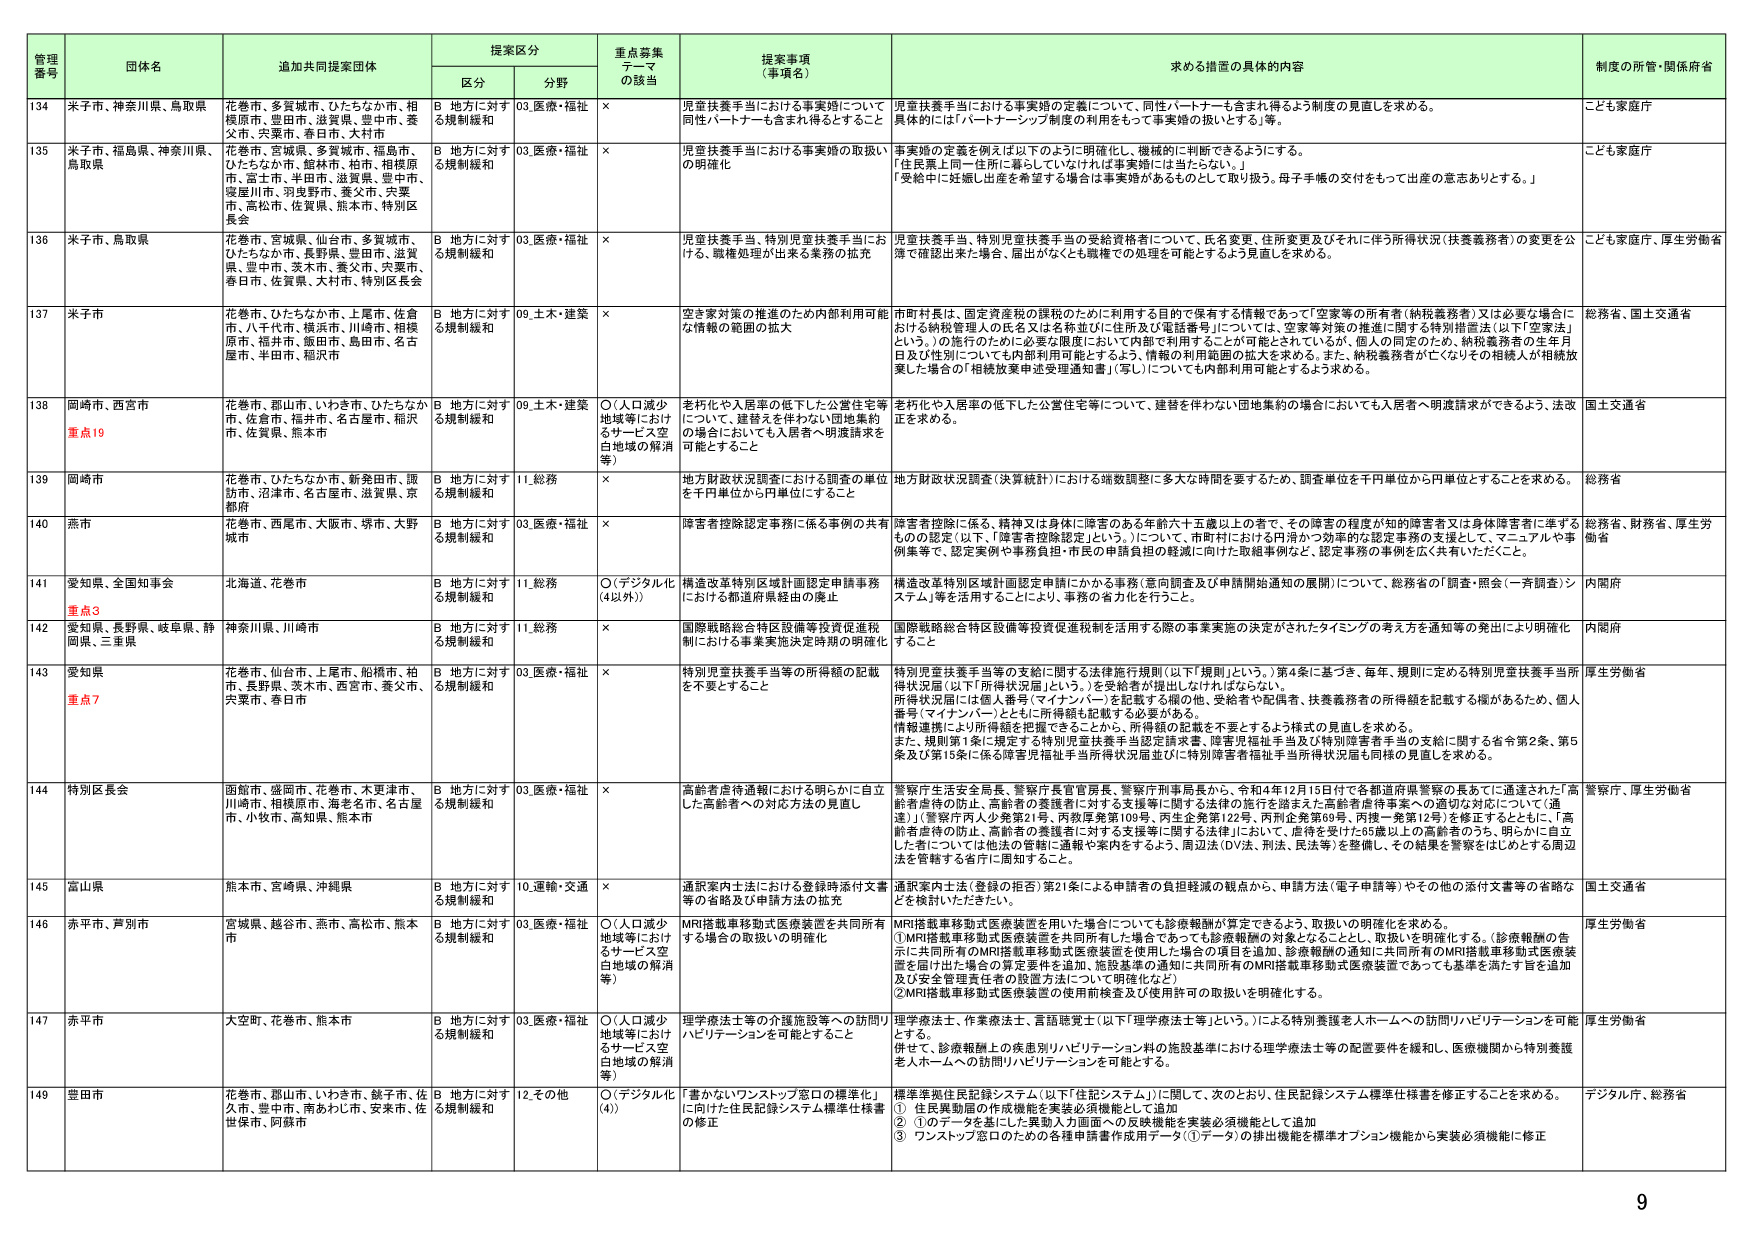
管理番号 団体名 追加共同提案団体 提案区分 重点募集テーマの該当 提案事項（事項名） 求める措置の具体的内容 制度の所管・関係府省
区分 分野
134 米子市、神奈川県、鳥取県 花巻市、多賀城市、ひたちなか市、相模原市、盛田市、滋賀県、豊中市、秦父市、兵庫県、春日市、大村市 B 地方に対する規制緩和 03.医療・福祉 × 児童扶養手当における事実婚について 同性パートナーも含まれ得るとすること 児童扶養手当における事実婚の定義について、同性パートナーも含まれ得るよう制度の見直しを求める。 具体的には「パートナーシップ制度の利用をもって事実婚の扱いとする」等。 こども家庭庁
135 米子市、福島県、神奈川県、鳥取県 花巻市、宮城県、多賀城市、福島市、ひたちなか市、館林市、柏市、相模原市、富士市、半田市、滋賀県、豊中市、愛媛川市、羽曳野市、愛父市、兵庫市、高松市、佐賀県、熊本市、特別区長会 B 地方に対する規制緩和 03.医療・福祉 × 児童扶養手当における事実婚の取扱いの明確化 事実婚の定義を例えば以下のように明確化し、機械的に判断できるようにする。 「住民票上同一住所に暮らしていなければ事実婚には当たらない。」 「受給中に妊娠し出産を希望する場合は事実婚があるものとして取り扱う。母子手帳の交付をもって出産の意志ありとする。」 こども家庭庁
136 米子市、鳥取県 花巻市、宮城県、仙台市、多賀城市、ひたちなか市、長野県、盛田市、滋賀県、豊中市、茨木市、養父市、兵庫市、春日市、佐賀県、大村市、特別区長会 B 地方に対する規制緩和 03.医療・福祉 × 児童扶養手当、特別児童扶養手当における、職権処理が出来る業務の拡充 児童扶養手当、特別児童扶養手当の受給資格者について、氏名変更、住所変更及びそれに伴う所得状況（扶養義務者）の変更を公簿で確認出来た場合、届出がなくても職権での処理を可能とするよう見直しを求める。 こども家庭庁、厚生労働省
137 米子市 花巻市、ひたちなか市、上尾市、佐倉市、八千代市、横浜市、川崎市、相模原市、福井市、飯田市、島田市、名古屋市、半田市、福沢市 B 地方に対する規制緩和 09.土木・建築 × 空き家対策の推進のため内部利用可能な情報の範囲の拡大 市町村長は、固定資産税の課税のために利用する目的で保有する情報であって「空家等の所有者（納税義務者）又は必要な場合における納税管理人の氏名又は名称並びに住所及び電話番号」については、空家等対策の推進に関する特別措置法（以下「空家法」という。）の施行のために必要な限度において内部で利用することが可能とされているが、個人の同意のため、納税義務者の生年月日及び性別についても内部利用可能とするよう、情報の利用範囲の拡大を求める。また、納税義務者が亡くなりその相続人が相続放棄した場合の「相続放棄申込受理通知書」（写し）についても内部利用可能とするよう求める。 総務省、国土交通省
138 岡崎市、西宮市 重点19 花巻市、郡山市、いわき市、ひたちなか市、佐倉市、福井市、名古屋市、福沢市、佐賀県、熊本市 B 地方に対する規制緩和 09.土木・建築 ○（人口減少地域等におけるサービス空白地域の解消等） 老朽化や入居率の低下した公営住宅等について、建築を伴わない団地集約の場合においても入居者へ要請請求ができるよう、法改正を求める。 国土交通省
139 岡崎市 花巻市、ひたちなか市、新発田市、諏訪市、沼津市、名古屋市、滋賀県、京都府 B 地方に対する規制緩和 11.総務 × 地方財政状況調査における調査の単位を千円単位から円単位にすること 地方財政状況調査（決算統計）における端数調整に多大な時間を要するため、調査単位を千円単位から円単位とすることを求める。 総務省
140 燕市 花巻市、西尾市、大阪市、堺市、大野城市 B 地方に対する規制緩和 03.医療・福祉 × 障害者控除認定事務に係る事例の共有 障害者控除に係る、精神又は身体に障害のある年齢六十五歳以上の者で、その障害の程度が知的障害者又は身体障害者に準ずるものとの認定（以下、「障害者控除認定」という。）について、市町村における円滑かつ効率的な認定事務の支援として、マニュアルや事例集等で、認定実例や事務負担・市民の申請負担の軽減に向けた取組事例など、認定事務の事例を広く共有いただくこと。 総務省、財務省、厚生労働省
141 愛知県、全国知事会 北海道、花巻市 B 地方に対する規制緩和 11.総務 ○（デジタル化（以外）） 構造改革特別区域計画認定申請事務における都道府県経由の廃止 構造改革特別区域計画認定申請にかかる事務（意向調査及び申請開始通知の展開）について、総務省の「調査・照会（一斉調査）システム」等を活用することにより、事務の省力化を行うこと。 内閣府
142 愛知県、長野県、岐阜県、静岡県、三重県 重点3 神奈川県、川崎市 B 地方に対する規制緩和 11.総務 × 国際戦略総合特区設備等投資促進税制における事業実施決定時期の明確化 国際戦略総合特区設備等投資促進税制を活用する際の事業実施の決定がされたタイミングの考え方を通知等の発出により明確化すること 内閣府
143 愛知県 重点7 花巻市、仙台市、上尾市、船橋市、柏市、長野県、茨木市、西宮市、愛父市、兵庫市、春日市 B 地方に対する規制緩和 03.医療・福祉 × 特別児童扶養手当等の所得額の記載を不要とすること 特別児童扶養手当等の支給に関する法律施行規則（以下「規則」という。）第4条に基づき、毎年、規則に定める特別児童扶養手当所得状況届（以下「所得状況届」という。）を受給者が提出しなければならない。 所得状況届には個人番号（マイナンバー）を記載する欄の他、受給者や配偶者、扶養義務者の所得額を記載する欄があるため、個人番号（マイナンバー）とともに所得額も記載する必要がある。 情報連携により所得額を把握できることから、所得額の記載を不要とするよう様式の見直しを求める。 また、規則第1条に規定する特別児童扶養手当認定請求書、障害児福祉手当及び特別障害者手当の支給に関する省令第2条、第5条及び第15条に係る障害児福祉手当所得状況届並びに特別障害者福祉手当所得状況届も同様の見直しを求める。 厚生労働省
144 特別区長会 国館市、盛岡市、花巻市、木更津市、川崎市、相模原市、海老名市、名古屋市、小牧市、高知県、熊本市 B 地方に対する規制緩和 03.医療・福祉 × 高齢者虐待通報における明らかに自立した高齢者への対応方法の見直し 警察庁生活安全局長、警察庁長官官房長、警察庁刑事局長から、令和4年12月15日付で各都道府県警察の長あてに通達された「高齢者虐待の防止、高齢者の養護者に対する支援等に関する法律の施行を踏まえた高齢者虐待事案への適切な対応について（通達）」（警察庁内人少発第21号、丙救厚発第109号、丙生企発第122号、丙生企発第69号、丙捜一発第12号）を修正するとともに、「高齢者虐待の防止、高齢者の養護者に対する支援等に関する法律」において、虐待を受けた85歳以上の高齢者のうち、明らかに自立した者については他法の管轄に通報や案内をするよう、周辺法（DV法、刑法、民法等）を整備し、その結果を警察をはじめとする周辺法を管轄する各庁に周知すること。 警察庁、厚生労働省
145 富山県 熊本市、宮崎県、沖縄県 B 地方に対する規制緩和 10.運輸・交通 × 通訳案内士法における登録時添付文書等の省略及び申請方法の拡充 通訳案内士法（登録の拒否）第21条による申請者の負担軽減の観点から、申請方法（電子申請等）やその他の添付文書等の省略などを検討いただきたい。 国土交通省
146 赤平市、芦別市 宮城県、越谷市、燕市、高松市、熊本市 B 地方に対する規制緩和 03.医療・福祉 ○（人口減少地域等におけるサービス空白地域の解消等） MRI搭載車移動式医療装置を共同所有する場合の取扱いの明確化 MRI搭載車移動式医療装置を用いた場合についても診療報酬が算定できるよう、取扱いの明確化を求める。 ①MRI搭載車移動式医療装置を共同所有した場合であっても診療報酬の対象となることとし、取扱いを明確化する。（診療報酬の告示に共同所有のMRI搭載車移動式医療装置を使用した場合の項目を追加、診療報酬の通知に共同所有のMRI搭載車移動式医療装置を届け出た場合の算定要件を追加、施設基準の通知に共同所有のMRI搭載車移動式医療装置であっても基準を満たす旨を追加及び安全管理責任者の設置方法について明確化など） ②MRI搭載車移動式医療装置の使用前検査及び使用許可の取扱いを明確化する。 厚生労働省
147 赤平市 大空町、花巻市、熊本市 B 地方に対する規制緩和 03.医療・福祉 ○（人口減少地域等におけるサービス空白地域の解消等） 理学療法士等の介護施設等への訪問リハビリテーションを可能とすること 理学療法士、作業療法士、言語聴覚士（以下「理学療法士等」という。）による特別養護老人ホームへの訪問リハビリテーションを可能とする。 併せて、診療報酬上の疾患別リハビリテーション料の施設基準における理学療法士等の配置要件を緩和し、医療機関から特別養護老人ホームへの訪問リハビリテーションを可能とする。 厚生労働省
148 豊田市 花巻市、郡山市、いわき市、銚子市、佐久市、豊中市、南あわじ市、安来市、佐世保市、阿蘇市 B 地方に対する規制緩和 12.その他 ○（デジタル化（4）） 「書かないワンストップ窓口の標準化」に向けた住民記録システム標準仕様書の修正 標準準拠住民記録システム（以下「住記システム」）に関して、次のとおり、住民記録システム標準仕様書を修正することを求める。 ① 住民異動届の作成機能を実装必須機能として追加 ② ①のデータを基にした異動入力画面への反映機能を実装必須機能として追加 ③ ワンストップ窓口のための各種申請書作成用データ（①データ）の排出機能を標準オプション機能から実装必須機能に修正 デジタル庁、総務省
9